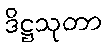
ဒိဋ္ဌသုတာ